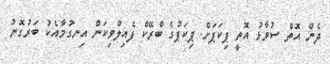
ދެން އޮތް ސުވާޅު އޮތީ ޕިކަޕަށް. ޕިކަޕުގެ ބްރޭކް ފެއިލްވިކަން އިނގުމާއެކު ބަރުގޮނު